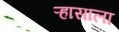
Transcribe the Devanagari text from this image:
ऱ्हासाला